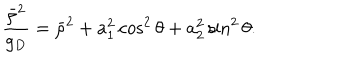
LaTeX: { \frac { \bar { \rho } ^ { 2 } } { g _ { D } } } = \bar { \rho } ^ { 2 } + a _ { 1 } ^ { 2 } \cos ^ { 2 } \theta + a _ { 2 } ^ { 2 } \sin ^ { 2 } \theta .